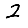
Digit: 2